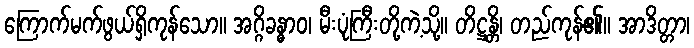
ကြောက်မက်ဖွယ်ရှိကုန်သော။ အဂ္ဂိခန္ဓာဝ၊ မီးပုံကြီးတို့ကဲ့သို့။ တိဋ္ဌန္တိ၊ တည်ကုန်၏။ အာဒိတ္တာ၊